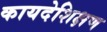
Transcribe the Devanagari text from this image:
कायदेशिक्षण